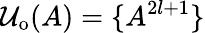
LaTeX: \mathcal{U}_{\mathrm{o}}(A)=\{ A^{2l+1}\}